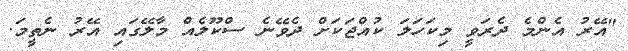
"އޭރު އެންމެ ދެރަވީ މިކަހަލަ ކުއްޖަކަށް ދެވޭނެ ސްކޫލެއް މާލޭގައި އޭރު ނެތީމަ.